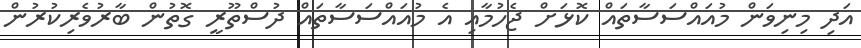
އަދި މިނިވަން މުއައްސަސާތައް ކޮޅަށް ޖެހުމާއި އެ މުއައްސަސާތައް ދުސްތޫރީ ގޮތުން ބާރުވެރިކުރުން